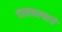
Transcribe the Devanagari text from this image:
चालवल्याचे